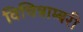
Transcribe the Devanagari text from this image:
विचित्राम्बरी